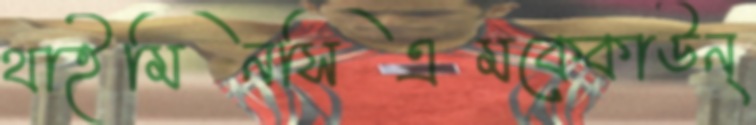
থাইমিনসিএমকেকাউন্